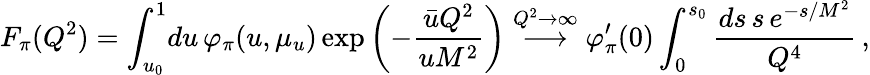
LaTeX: F_{\pi}(Q^{2})=\int_{u_{0}}^{1}\! du\, \varphi_{\pi}(u,\mu_{u})\exp\left(-\frac{\bar{u}Q^{2}}{uM^{2}}\right)\stackrel{Q^{2}\to\infty}{\longrightarrow}\varphi_{\pi}^{\prime}(0)\int_{0}^{s_{0}}\frac{ds\, s\, e^{-s/{M^{2}}}}{Q^{4}}\, ,